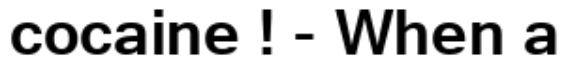
cocaine ! - When a